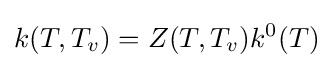
k(T,T_{v})=Z(T,T_{v})k^{0}(T)